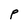
Character: p